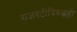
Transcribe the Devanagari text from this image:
राजवटीविरुद्धही